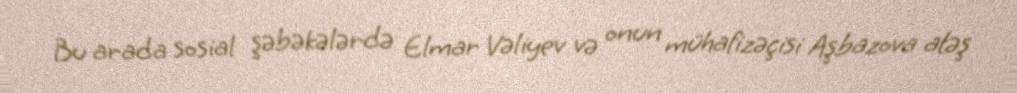
Bu arada sosial şəbəkələrdə Elmar Vəliyev və onun mühafizəçisi Aşbazova atəş